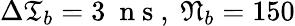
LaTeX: \Delta\mathfrak{T}_{b}=3\ \mathrm{~n~s~},\ \mathfrak{N}_{b}=150